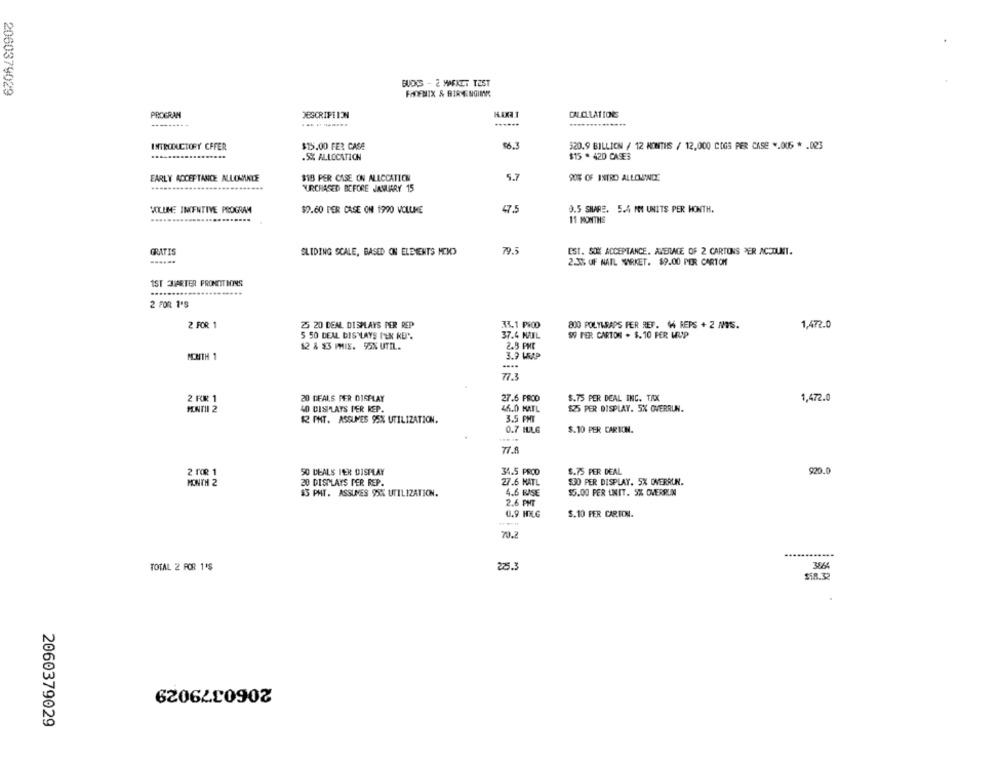
BUDS - 2 MEKET TEST
2060379029
FADEMIX & BIRNENGIMM
PROGRAM
DESCRIPTION
CALCULATIONS
-----
..............
$15.00 FER CASE
$20.9 BILLION / 12 MONTHS / 12,000 COGS PER CASE .. 006 * . 003
INTRODUCTORY CFFER
.SK ALLOCATION
$15 . 420 CASES
5.7
EARLY ACCEPTANCE ALLOWINLE
$18 PER CASE ON ALLOCATION
90% OF INTRO ALLOWJINDE
URCHASED BEFORE JANUARY 15
VOLUME INCENTIVE PROGRAM
$9.60 PER CASE ON 1990 VOLUME
475
0.5 SHARE. 5.4 MM UNITS PER MONTH.
11 MONTHS
GRATIS
SLIDING SCALE, BASED ON ELEMENTS MONDO
79.5
EST. SOM ACCEPTANCE. AVERAGE OF 2 CARTONS PER ACCOUNT.
......
2.3% OF NATL MARKET. $9.00 PER CARTON
1ST QUARTER PRONDITIONS
2 FOR 1'S
2 FOR 1
26 20 DEAL DISPLAYS PER REP
33.1 PROD
800 POLYWRAPS FER REF. 14 REPS + 2 AMIS.
1,472.0
5 50 DEAL DIS LAYS PUN KER.
37.4 MAIL
99 FER CARTON . $. 10 PER LEUP
12 & $3 PMIS. 95% UTIL.
2.5 PME
MCRITH 1
3.9 WEAP
77.3
2 RX 1
20 DEALS PER DISPLAY
$.75 PER DEAL INC. TAX
27.6 PROD
1,472.0
PENTIL 2
40 DISPLAYS PER KEP.
46.0 HATL
$25 PER DISPLAY. 5X OVERRUN.
R PHT. ASSUMES 95% UTILIZATION.
3.5 PMY
0.7 ILLG
$.10 PER CARTON.
77.8
2 FOR 1
50 DEALS TER DISPLAY
34.5 PROD
$.75 PER DEAL
920.0
27.6 HATL
$30 PER DISPLAY. 5X OVERRUN.
MONTH 2
20 DISPLAYS PER REP.
$3 PMT. ASSUMES 98% UTILIZATION.
4.6 BASE
$5.00 PER UNIT. 9% OVERRUIN
2.6 PHT
0.9 HIG
$.10 FER CARTON.
70.2
TOTAL 2 FOR 1'S
225.3
$18.32
2060379029
2060379029